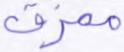
ممزق